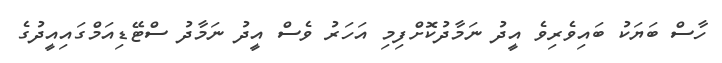
ހާސް ބަޔަކު ބައިވެރިވެ އީދު ނަމާދުކޮށްފިމި އަހަރު ވެސް އީދު ނަމާދު ސްޓޭޑިއަމްގައިއީދުގެ